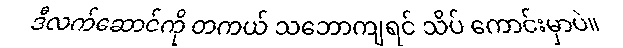
ဒီလက်ဆောင်ကို တကယ် သဘောကျရင် သိပ် ကောင်းမှာပဲ။